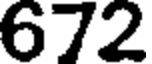
672